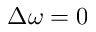
\Delta \omega = 0